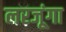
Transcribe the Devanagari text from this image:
लरजूंगा